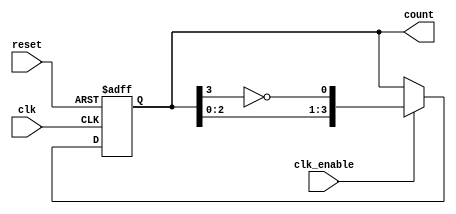
module johnson_counter (
    input wire clk,
    input wire reset,
    input wire clk_enable,
    output reg [3:0] count
);
  
    always @(posedge clk or posedge reset) begin
        if (reset) begin
            count <= 4'b0000; // Reset the counter to initial state
        end else if (clk_enable) begin
            // The next state is obtained by shifting and inverting the LSB
            count <= {count[2:0], ~count[3]};
        end
    end
endmodule